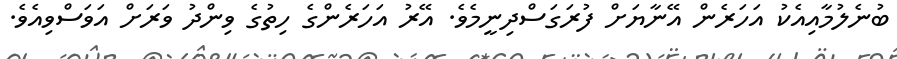
ބުނެލުމާއިއެކު އަހަރެން އޭނާޔަށް ފުރަގަސްދިނީމެވެ. އޭރު އަހަރެންގެ ހިތުގެ ވިންދު ވަރަށް އަވަސްވިއެވެ.